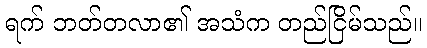
ရက် ဘတ်တလာ၏ အသံက တည်ငြိမ်သည်။